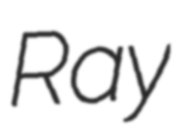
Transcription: Ray